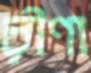
রীণা